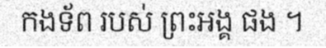
កងទ័ព របស់ ព្រះអង្គ ផង ។